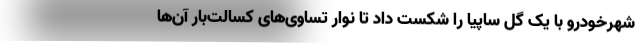
شهرخودرو با یک گل ساپیا را شکست داد تا نوار تساوی‌های کسالت‌بار آن‌ها